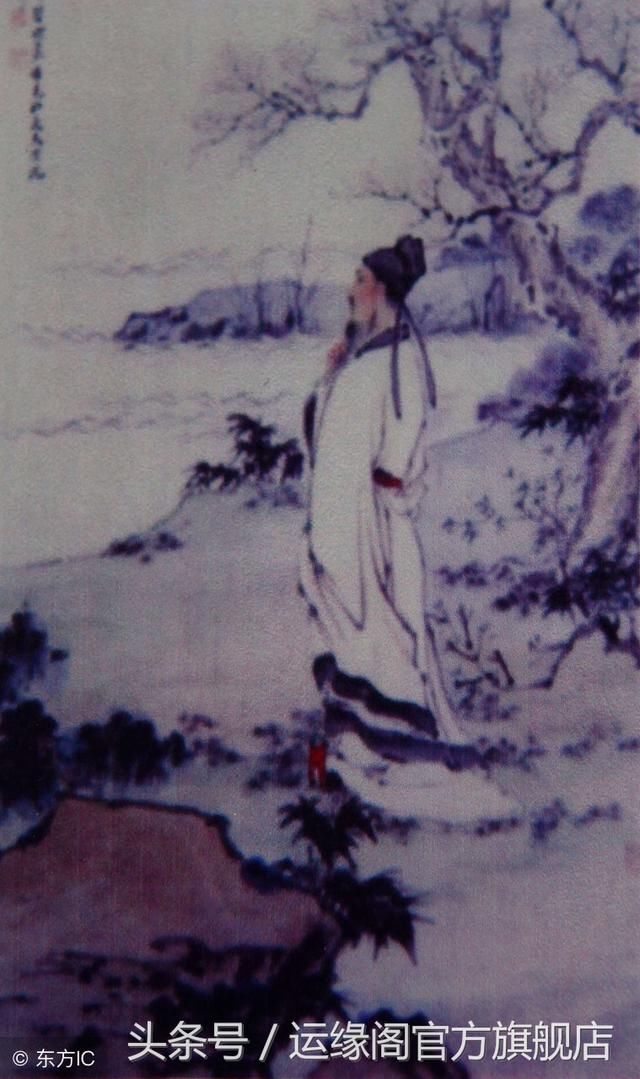
庭轩寂寞近清明，残花中酒，又是去年病。